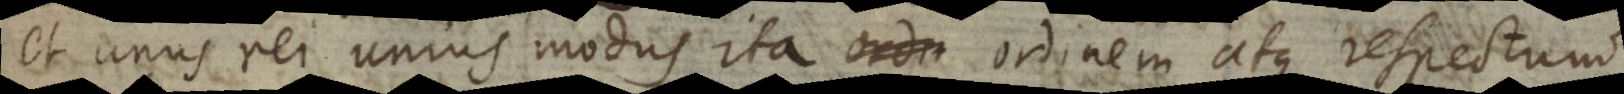
et unus rei unius modus ita ordinem atque respectum